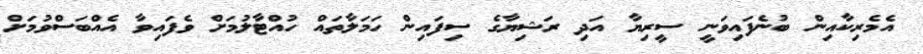
އެމެރިކާއިން ބުނެފައިވަނީ ސީރިޔާ އަދި ރަޝިޔާގެ ސިފައިން ހަމަލާތައް ހުއްޓާލުމަށް ވެފައިވާ އެއްބަސްވުމަށް